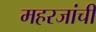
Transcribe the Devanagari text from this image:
महरजांची